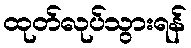
ထုတ်လုပ်သွားရန်